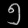
Digit: ၅